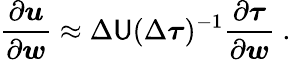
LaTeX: \frac{\partial\boldsymbol{u}}{\partial\boldsymbol{w}}\approx\Delta\mathsf{U}(\Delta\boldsymbol{\tau})^{-1}\frac{\partial\boldsymbol{\tau}}{\partial\boldsymbol{w}}\mathrm{~.~}